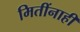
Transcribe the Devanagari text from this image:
मितींनाही